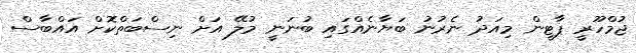
ޖުމްހޫރީ ޕާޓީން މިއަދު ނެރުނު ބަޔާނެއްގައި ބުނަނީ މުލޭ އަށް ނިސްބަތްކޮށް އައްބާސް